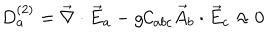
D _ { a } ^ { ( 2 ) } = \vec { \nabla } \cdot \vec { E } _ { a } - g { \cal C } _ { a b c } \vec { A } _ { b } \cdot \vec { E } _ { c } \approx 0